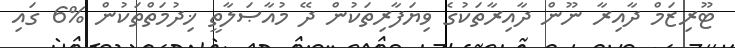
ޓޫރިޒަމް ދާއިރާ ނޫން ދާއިރާތަކުގެ ވިޔަފާރިތަކުން ދޭ މުއާޞަލާތީ ޚިދުމަތްތަކުން %6 ގައި